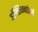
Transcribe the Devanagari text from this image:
ऑक्सिजनऐवजी